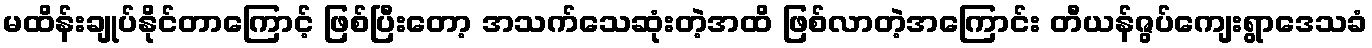
မထိန်းချုပ်နိုင်တာကြောင့် ဖြစ်ပြီးတော့ အသက်သေဆုံးတဲ့အထိ ဖြစ်လာတဲ့အကြောင်း တီယန်ဇွပ်ကျေးရွာဒေသခံ